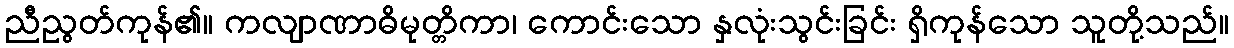
ညီညွတ်ကုန်၏။ ကလျာဏာဓိမုတ္တိကာ၊ ကောင်းသော နှလုံးသွင်းခြင်း ရှိကုန်သော သူတို့သည်။